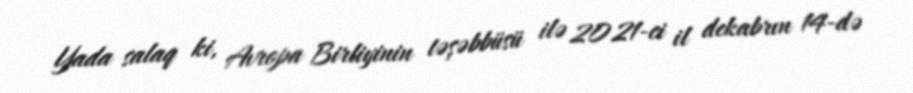
Yada salaq ki, Avropa Birliyinin təşəbbüsü ilə 2021-ci il dekabrın 14-də